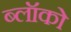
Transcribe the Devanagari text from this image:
ब्लॉको